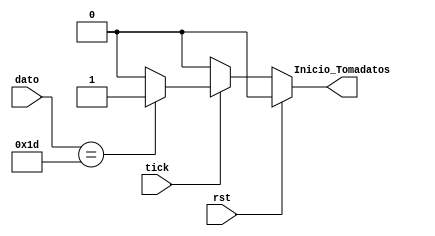
`timescale 1ns / 1ps
//////////////////////////////////////////////////////////////////////////////////
// Company: 
// 
// Design Name: 
// Module Name:    Modulo_Activador 
// Project Name: 
// Target Devices: 
// Tool versions: 
// Description: 
//
// Dependencies: 
//
// Revision: 
// Revision 0.01 - File Created
// Additional Comments: 
//
//////////////////////////////////////////////////////////////////////////////////
//Modulo que evalua la tecla de inicio
module Modulo_Activador(
    input wire [7:0] dato, //Dato del teclado
	 input wire tick, //Badndera de dato listo 
	 input wire rst,
    output wire Inicio_Tomadatos //Bandera de activacion de lectura de datos
    );

reg Salida; //Seal de registro

always @ *
	if (rst)
		Salida = 1'b0;
	else if (tick) 
		Salida =(dato==8'b00011101) ? 1'b1 : 1'b0; //Asignacin condicional de si la tecla corresponde a la de inicio
	else 
		Salida = 1'b0;
		
assign Inicio_Tomadatos = Salida; //Asignacin de la salida	

endmodule